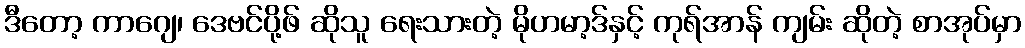
ဒီတော့ ကာဂျေ၊ ဒေဗင်ပို့ဖ် ဆိုသူ ရေးသားတဲ့ မိုဟမာ့ဒ်နှင့် ကုရ်အာန် ကျမ်း ဆိုတဲ့ စာအုပ်မှာ